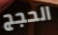
الحجج